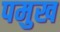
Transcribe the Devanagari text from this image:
पमुख